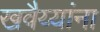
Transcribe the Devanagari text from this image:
खवैय्यांना